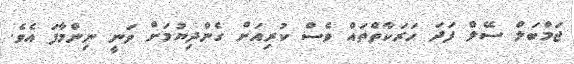
ޖަމްބަލް ސޭލް ފަދަ ހަރަކާތްތައް ވެސް ކުރިއަށް ގެންދިޔުމަށް ވަނީ ނިންމާފަ އެވެ.